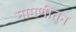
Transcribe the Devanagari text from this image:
मागणीतून